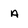
Character: a